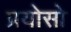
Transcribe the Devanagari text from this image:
प्रयोसो